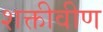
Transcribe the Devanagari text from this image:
शक्तीवीण